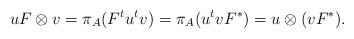
LaTeX: \begin{align*}uF\otimes v & = \pi_A(F^t u^tv)=\pi_A(u^t vF^*)=u\otimes (vF^*).\end{align*}